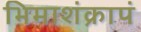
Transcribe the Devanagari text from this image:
भिमाशंक्रापं